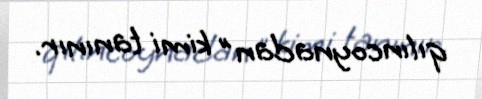
qılıncoynadan" kimi tanınır.